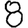
Digit: 8